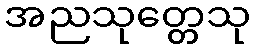
အညသုတ္တေသု